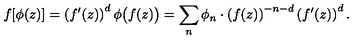
f [ \phi ( z ) ] = \left( f ^ { \prime } ( z ) \right) ^ { d } \phi \bigl ( f ( z ) \bigr ) = \sum _ { n } \phi _ { n } \cdot \left( f ( z ) \right) ^ { - n - d } \left( f ^ { \prime } ( z ) \right) ^ { d } .